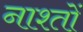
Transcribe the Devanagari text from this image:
नाश्तों